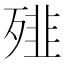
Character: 𩐁